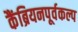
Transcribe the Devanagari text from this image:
कैंब्रियनपूर्वकल्प